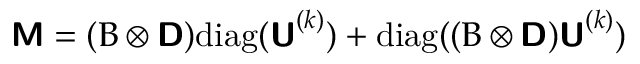
\mathbf { \boldsymbol { \mathsf { M } } } = ( \mathbf { \boldsymbol { B } } \otimes \mathbf { \boldsymbol { \mathsf { D } } } ) \mathrm { d i a g } ( \mathbf { \boldsymbol { \mathsf { U } } } ^ { ( k ) } ) + \mathrm { d i a g } ( ( \mathbf { \boldsymbol { B } } \otimes \mathbf { \boldsymbol { \mathsf { D } } } ) \mathbf { \boldsymbol { \mathsf { U } } } ^ { ( k ) } )